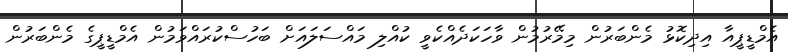
އެމްޑީޕީއާ އިދިކޮޅު މެންބަރުން މިމޭރުމުން ވާހަކަދެއްކެވީ ކުއްލި މައްސަލައަށް ބަހުސްކުރައްވަމުން އެމްޑީޕީގެ މެންބަރުން